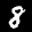
Label: 8